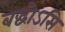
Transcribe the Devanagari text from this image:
बद्धोऽसि